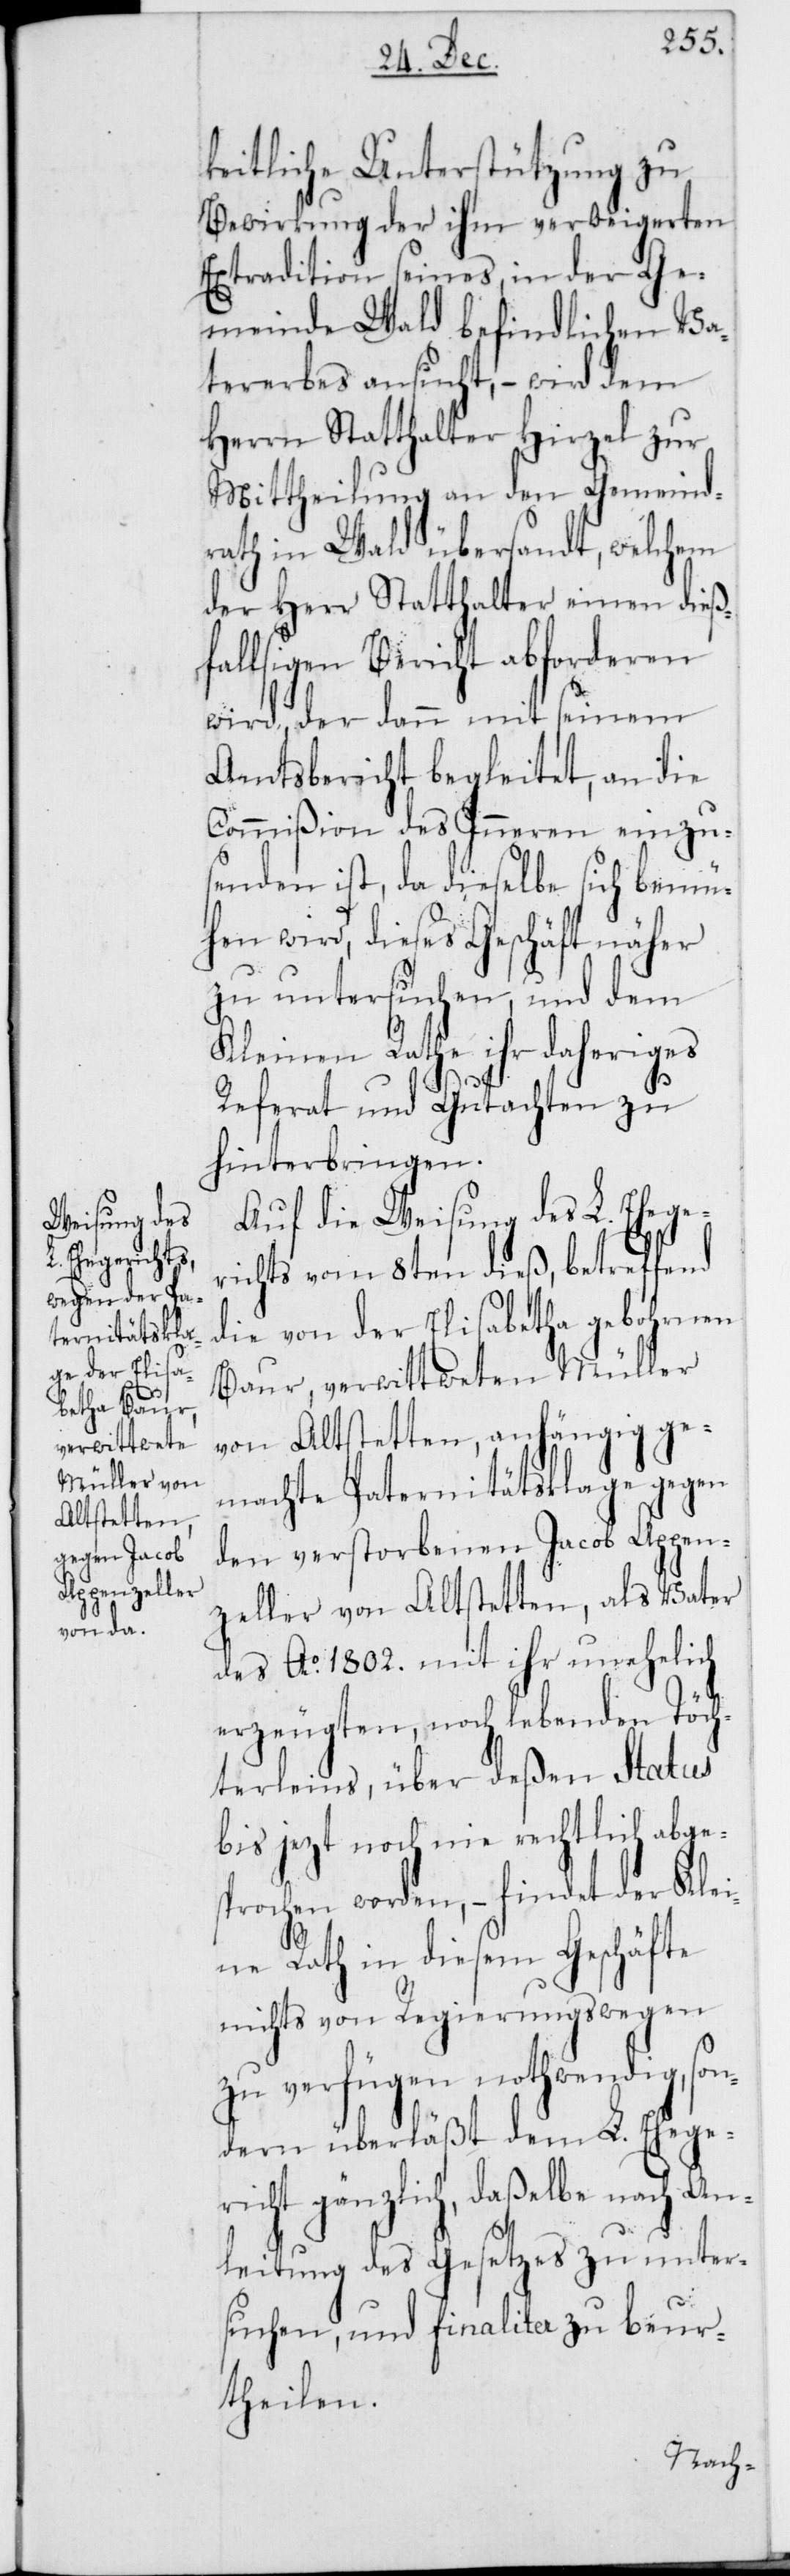
keitliche Unterstützung zu
Bewirkung der ihm verweigereten
Extradition seines, in der Ge¬
meinde Wald befindlichen Va¬
tererbes ansucht, – wird dem
Herrn Statthalter Hirzel zur
Mittheilung an den Gemeind¬
rath in Wald übersandt, welchem
der Herr Statthalter einen dieß¬
fälligen Bericht abforderen
wird, der dann mit seinem
Amtsbericht begleitet, an die
Commißion des Inneren einzu¬
senden ist, da dieselbe sich bemü¬
hen wird, dieses Geschäft näher
zu untersuchen, und dem
Kleinen Rathe ihr daheriges
Referat und Gutachten zu
hinterbringen.
Auf die Weisung des L. Ehege¬
richts vom 8ten dieß, betreffend
die von der Elisabetha gebohrnen
Baur, verwittweten Müller
von Altstetten, anhängig ge¬
machte Paternitätsklage gegen
den verstorbenen Jacob Appen¬
zeller von Altstetten, als Vater
des Ao 1802. mit ihr unehelich
erzeugten, noch lebenden Töch¬
terleins, über deßen Status
bis jezt noch nie rechtlich abges¬
prochen worden, – findet der Kle¬
ine Rath in diesem Geschäfte
nichts von Regierungs wegen
zu verfügen nothwendig, son¬
dern überläßt dem L. Ehege¬
richt gänzlich, daßelbe nach An¬
leitung des Gesetzes zu unter¬
suchen, und finaliter zu beur¬
theilen.